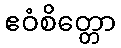
ဧဝံစိတ္တော